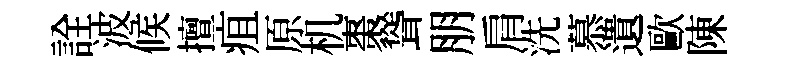
詮波候擅疽原机棗聳朋肩洗慕遺歐陳